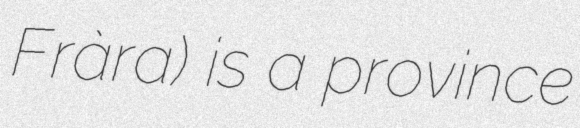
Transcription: Fràra) is a province